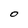
Character: O